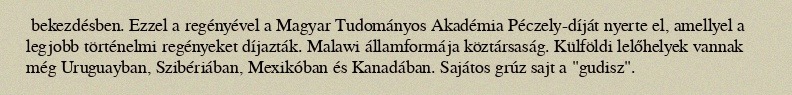
bekezdésben. Ezzel a regényével a Magyar Tudományos Akadémia Péczely-díját nyerte el, amellyel a legjobb történelmi regényeket díjazták. Malawi államformája köztársaság. Külföldi lelőhelyek vannak még Uruguayban, Szibériában, Mexikóban és Kanadában. Sajátos grúz sajt a "gudisz".